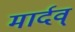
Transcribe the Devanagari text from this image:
मार्दव्